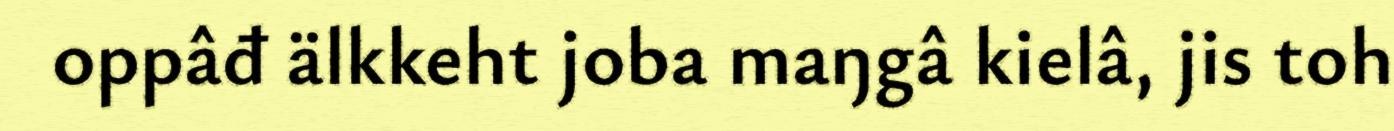
oppâđ älkkeht joba maŋgâ kielâ, jis toh